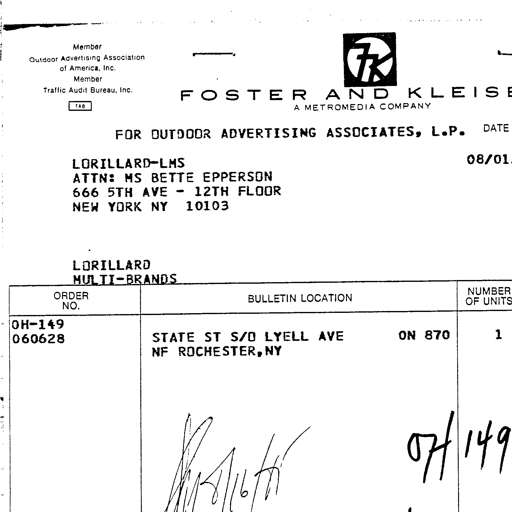
Member
Outdoor Advertising Association
of America, Inc.
Member
Traffic Audit Bureau, Inc.
TAB
FOSTER AND KLEISER
A METROMEDIA COMPANY
FOR OUTDOOR ADVERTISING ASSOCIATES, L.P.
DATE
08/01/86
LORILLARD-LMS
ATTN: MS BETTE EPPERSON
666 5TH AVE - 12TH FLOOR
NEW YORK NY 10103
LORILLARD
MULTI-BRANDS
ORDER NO.
BULLETIN LOCATION
NUMBER OF UNITS
OH-149
060628
STATE ST S/O LYELL AVE ON 870
NF ROCHESTER, NY
1
8/16/86
OH 149